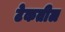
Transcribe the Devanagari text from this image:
टेकतील